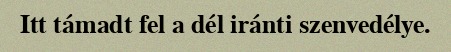
Itt támadt fel a dél iránti szenvedélye.